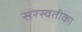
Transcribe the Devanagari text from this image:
सरस्वतीका